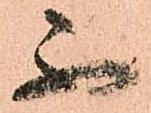
不